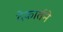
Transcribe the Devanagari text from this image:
देकार्तने